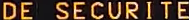
DE SECURITE